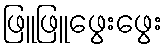
ဖြူဖြူဖွေးဖွေး